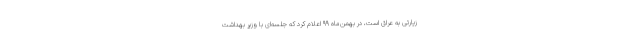
زیارتی به عراق است، در بهمن‌ماه ۹۹ اعلام کرد که جلسه‌ای با وزیر بهداشت